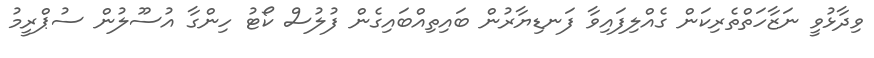
ވިދާޅުވީ ނަޒާހަތްތެރިކަން ގެއްލިފައިވާ ފަނޑިޔާރުން ބައިތިއްބައިގެން ފުލުސް ކޯޓު ހިންގާ އުސޫލުން ސުޕްރީމު